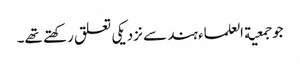
جو جمعیة العلماء ہند سے نزدیکی تعلق رکھتے تھے۔